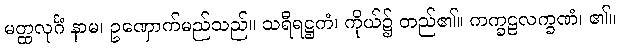
မတ္ထလုင်္ဂံ နာမ၊ ဥဏှောက်မည်သည်။ သရီရဋ္ဌကံ၊ ကိုယ်၌ တည်၏။ ကက္ခဠလက္ခဏံ၊ ၏။